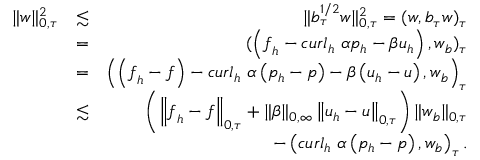
\begin{array} { r l r } { \| \boldsymbol { w } \| _ { 0 , \tau } ^ { 2 } } & { \lesssim } & { \| b _ { \tau } ^ { 1 / 2 } \boldsymbol { w } \| _ { 0 , \tau } ^ { 2 } = ( \boldsymbol { w } , b _ { \tau } \boldsymbol { w } ) _ { \tau } } \\ & { = } & { ( \left( \boldsymbol { f } _ { h } - \boldsymbol { c u r l } _ { h } ~ \alpha p _ { h } - \beta \boldsymbol { u } _ { h } \right) , \boldsymbol { w } _ { b } ) _ { \tau } } \\ & { = } & { \left( \left( \boldsymbol { f } _ { h } - \boldsymbol { f } \right) - \boldsymbol { c u r l } _ { h } ~ \alpha \left( p _ { h } - p \right) - \beta \left( \boldsymbol { u } _ { h } - \boldsymbol { u } \right) , \boldsymbol { w } _ { b } \right) _ { \tau } } \\ & { \lesssim } & { \left( \left\| \boldsymbol { f } _ { h } - \boldsymbol { f } \right\| _ { 0 , \tau } + \| \beta \| _ { 0 , \infty } \left\| \boldsymbol { u } _ { h } - \boldsymbol { u } \right\| _ { 0 , \tau } \right) \| \boldsymbol { w } _ { b } \| _ { 0 , \tau } } \\ & { } & { - \left( \boldsymbol { c u r l } _ { h } ~ \alpha \left( p _ { h } - p \right) , \boldsymbol { w } _ { b } \right) _ { \tau } . } \end{array}